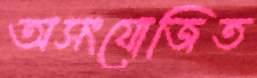
অসংযোজিত